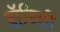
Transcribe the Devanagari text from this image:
बॉडिली